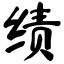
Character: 绩